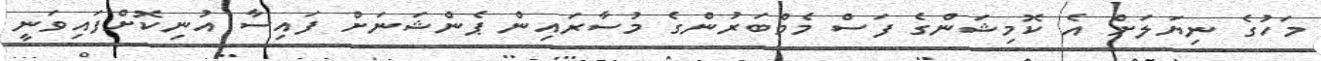
މަހުގެ ނިޔަލަށް އެ ކޮމިޝަންގެ ފަސް މެމްބަރުންގެ މުސާރައިން ޕެންޝަނަށް ފައިސާ އުނިކޮށްފައިވަނީ